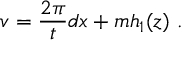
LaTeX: v = \frac { 2 \pi } { t } d x + m h _ { 1 } ( z ) \ .